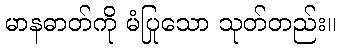
မာနဓာတ်ကို မံပြုသော သုတ်တည်း။